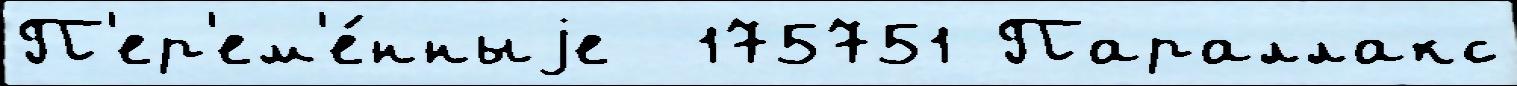
П'ер'ем'е́нныjе  175751 Параллакс